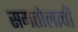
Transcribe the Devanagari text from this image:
समतोलाची